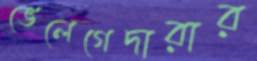
ভেলেগেদারার